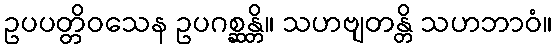
ဥပပတ္တိဝသေန ဥပဂစ္ဆန္တိ။ သဟဗျတန္တိ သဟဘာဝံ။